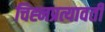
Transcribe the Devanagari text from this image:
चिह्नप्रत्यावर्ती